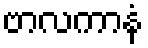
ဗာလကာနံ